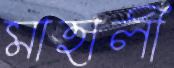
মাহালী